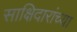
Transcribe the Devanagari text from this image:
साक्षिदारांच्या